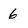
Character: 6